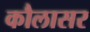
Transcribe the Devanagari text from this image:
कौलासर